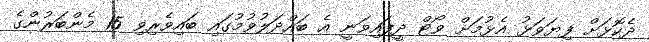
ދެކޮޅަށް ފިޔަވަޅު އެޅުމަށް ވޯޓް ދީފައިވަނީ އެ ބައްދަލުވުމުގައި ބައިވެރިވި 15 މެންބަރުންގެ